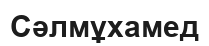
Сәлмұхамед